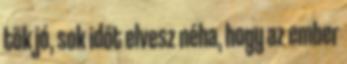
tök jó, sok időt elvesz néha, hogy az ember